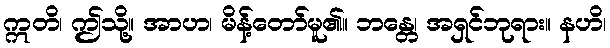
ဣတိ၊ ဤသို့။ အာဟ၊ မိန့်တော်မူ၏။ ဘန္တေ၊ အရှင်ဘုရား။ နဟိ၊